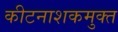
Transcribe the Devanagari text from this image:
कीटनाशकमुक्त